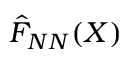
\hat { F } _ { N N } ( X )